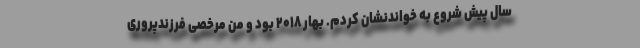
سال پیش شروع به خواندنشان کردم. بهار ۲۰۱۸ بود و من مرخصی فرزندپروری